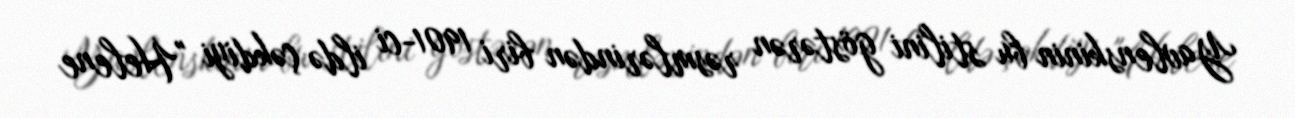
Yavlenskinin bu stilini göstərən rəsmlərindən biri 1901-ci ildə çəkdiyi "Helene